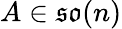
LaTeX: A\in\mathfrak{so}(n)